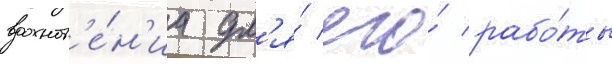
вдохнов'е́н'иа дл'я́ его́ рабо́ты